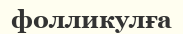
фолликулға